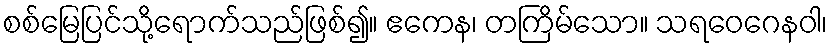
စစ်မြေပြင်သို့ရောက်သည်ဖြစ်၍။ ဧကေန၊ တကြိမ်သော။ သရဝေဂေနဝါ၊